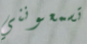
تسمعونني